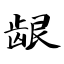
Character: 龈